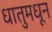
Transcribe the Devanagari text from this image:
धातुमधून